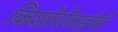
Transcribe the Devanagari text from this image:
किशोरीताईंची